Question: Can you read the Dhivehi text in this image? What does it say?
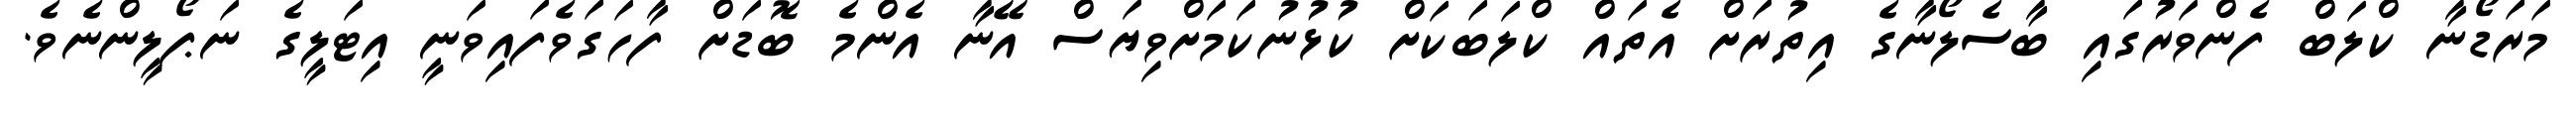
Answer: މަރަޑޯނާ ކްލަބް ފެންވަރުގައި ބާސެލޯނާގެ އިތުރަށް އެތައް ކްލަބަކަށް ކުޅުނުކަމަށްވިޔަސް އޭނާ އެންމެ ބޮޑަށް ފާހަގަވެފައިވަނީ އިޓަލީގެ ނަޕޯލީންނެވެ.